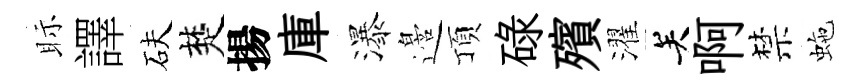
眎譯砆楚揚庫瀑邉頂碌殯濯关啊禁虵